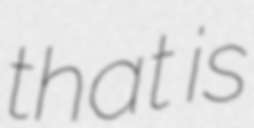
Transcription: that is